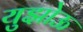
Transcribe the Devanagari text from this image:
युझोऊ